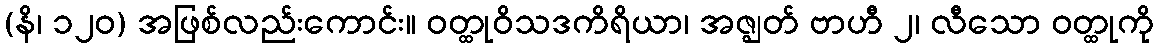
(နိ၊ ၁၂၀) အဖြစ်လည်းကောင်း။ ဝတ္ထုဝိသဒကိရိယာ၊ အဇ္ဈတ် ဗာဟီ ၂၊ လီသော ဝတ္ထုကို